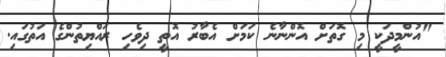
"އުންމީދަކީ މި ގޮތަށް އޮންނާނެ ކަމަށް އެބާރު އޮތީ ދިވެހި ރައްޔިތުންގެ އަތުގައި.